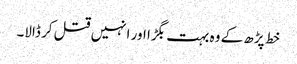
خط پڑھ کے وہ بہت بگڑا اور انہیں قتل کر ڈالا۔